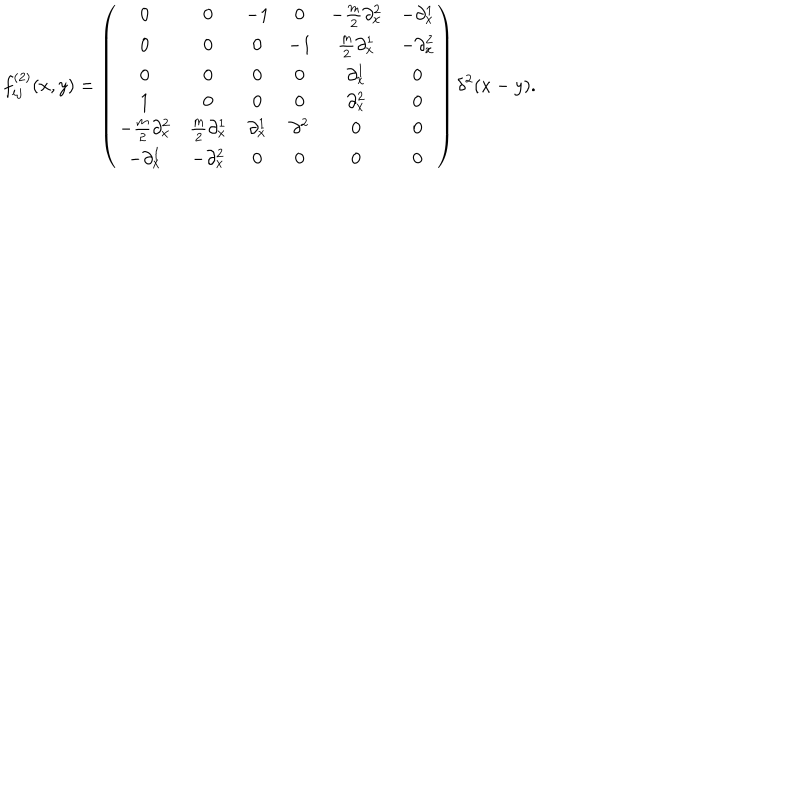
f _ { i j } ^ { ( 2 ) } ( x , y ) = \left( \begin{array} { c c c c c c } { { 0 } } & { { 0 } } & { { - 1 } } & { { 0 } } & { { - \frac { m } { 2 } \partial _ { x } ^ { 2 } } } & { { - \partial _ { x } ^ { 1 } } } \\ { { 0 } } & { { 0 } } & { { 0 } } & { { - 1 } } & { { \frac { m } { 2 } \partial _ { x } ^ { 1 } } } & { { - \partial _ { x } ^ { 2 } } } \\ { { 0 } } & { { 0 } } & { { 0 } } & { { 0 } } & { { \partial _ { x } ^ { 1 } } } & { { 0 } } \\ { { 1 } } & { { 0 } } & { { 0 } } & { { 0 } } & { { \partial _ { x } ^ { 2 } } } & { { 0 } } \\ { { - \frac { m } { 2 } \partial _ { x } ^ { 2 } } } & { { \frac { m } { 2 } \partial _ { x } ^ { 1 } } } & { { \partial _ { x } ^ { 1 } } } & { { \partial ^ { 2 } } } & { { 0 } } & { { 0 } } \\ { { - \partial _ { x } ^ { 1 } } } & { { - \partial _ { x } ^ { 2 } } } & { { 0 } } & { { 0 } } & { { 0 } } & { { 0 } } \\ \end{array} \right) \delta ^ { 2 } ( x - y ) .